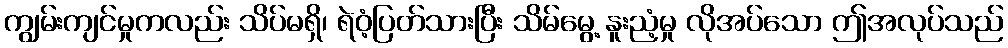
ကျွမ်းကျင်မှုကလည်း သိပ်မရှိ၊ ရဲဝံ့ပြတ်သားပြီး သိမ်မွေ့ နူးညံ့မှု လိုအပ်သော ဤအလုပ်သည်